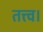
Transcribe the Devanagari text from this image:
तत्त्व।